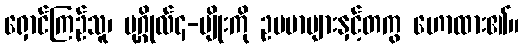
ရှောင်ကြဉ်သူ၊ ပုဂ္ဂိုလ်၄-မျိုးကို ဥပမာများနှင့်တကွ ဟောထား၏။